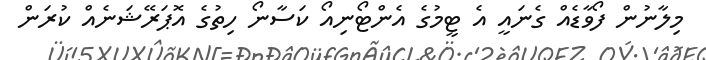
މިލާނުން ފޯވާޑެއް ގެނައީ އެ ޓީމުގެ އެންޓޯނިއޯ ކަސާނޯ ހިތުގެ އޮޕަރޭޝަނެއް ކުރަން